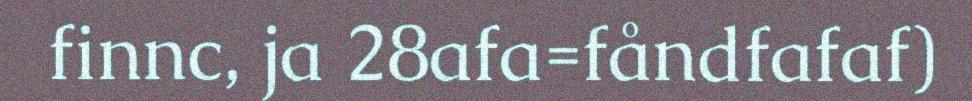
finnc, ja 28afa=fåndfafaf)